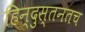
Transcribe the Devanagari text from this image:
हिन्दुस्तनतच